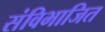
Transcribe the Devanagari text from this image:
संविभाजित